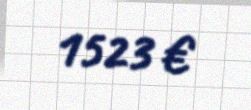
1523 €